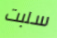
سلبت